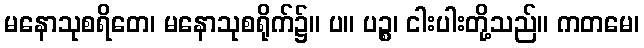
မနောသုစရိတေ၊ မနောသုစရိုက်၌။ ပ။ ပဉ္စ၊ ငါးပါးတို့သည်။ ကတမေ၊